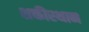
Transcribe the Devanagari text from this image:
शक्तीस्थान